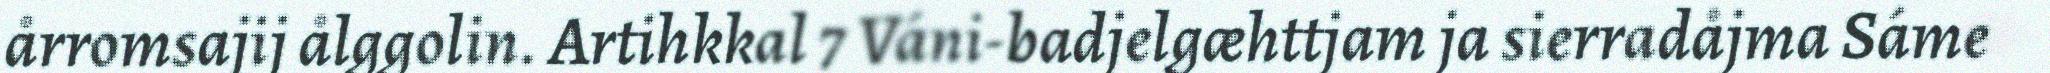
årromsajij ålggolin. Artihkkal 7 Váni-badjelgæhttjam ja sierradåjma Sáme